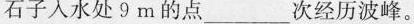
石子入水处9m的点___次经历波峰。